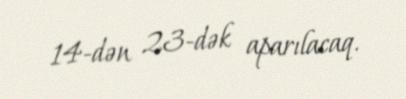
14-dən 23-dək aparılacaq.